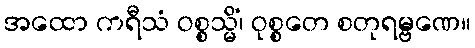
အထော ကရီသံ ဝစ္စသ္မိံ၊ ဝုစ္စတေ စတုရမ္ဗဏေ။